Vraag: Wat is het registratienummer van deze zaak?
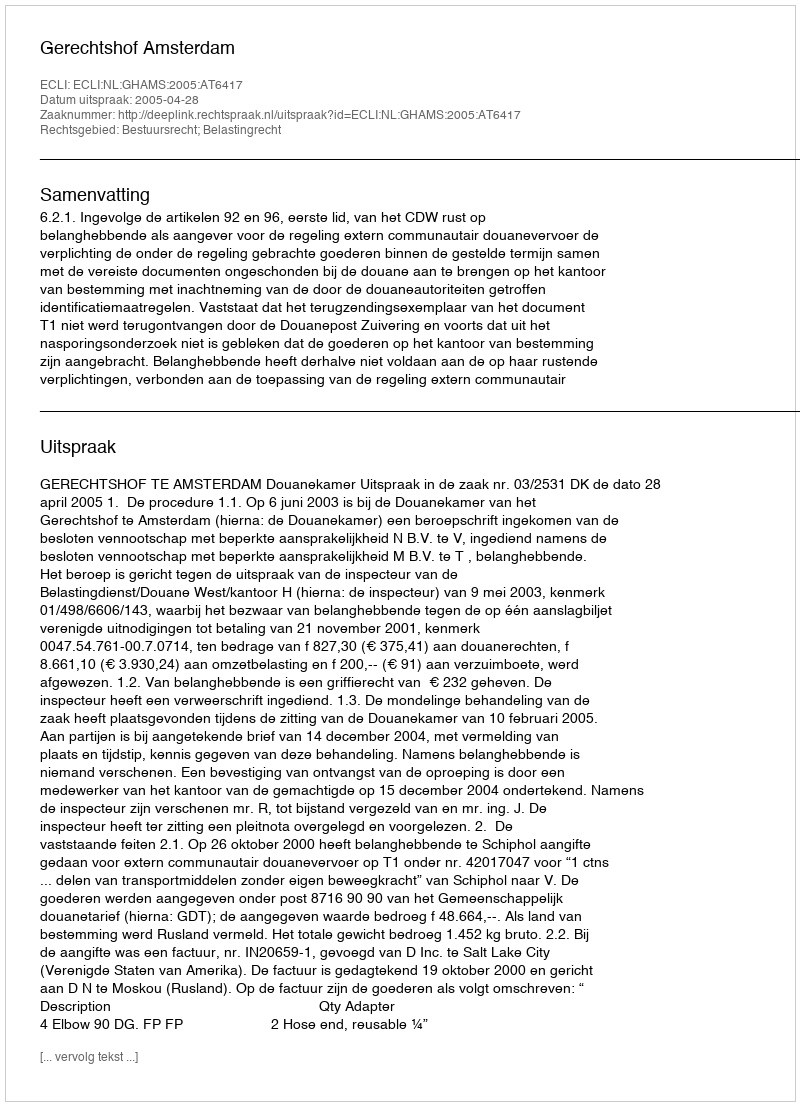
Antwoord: http://deeplink.rechtspraak.nl/uitspraak?id=ECLI:NL:GHAMS:2005:AT6417